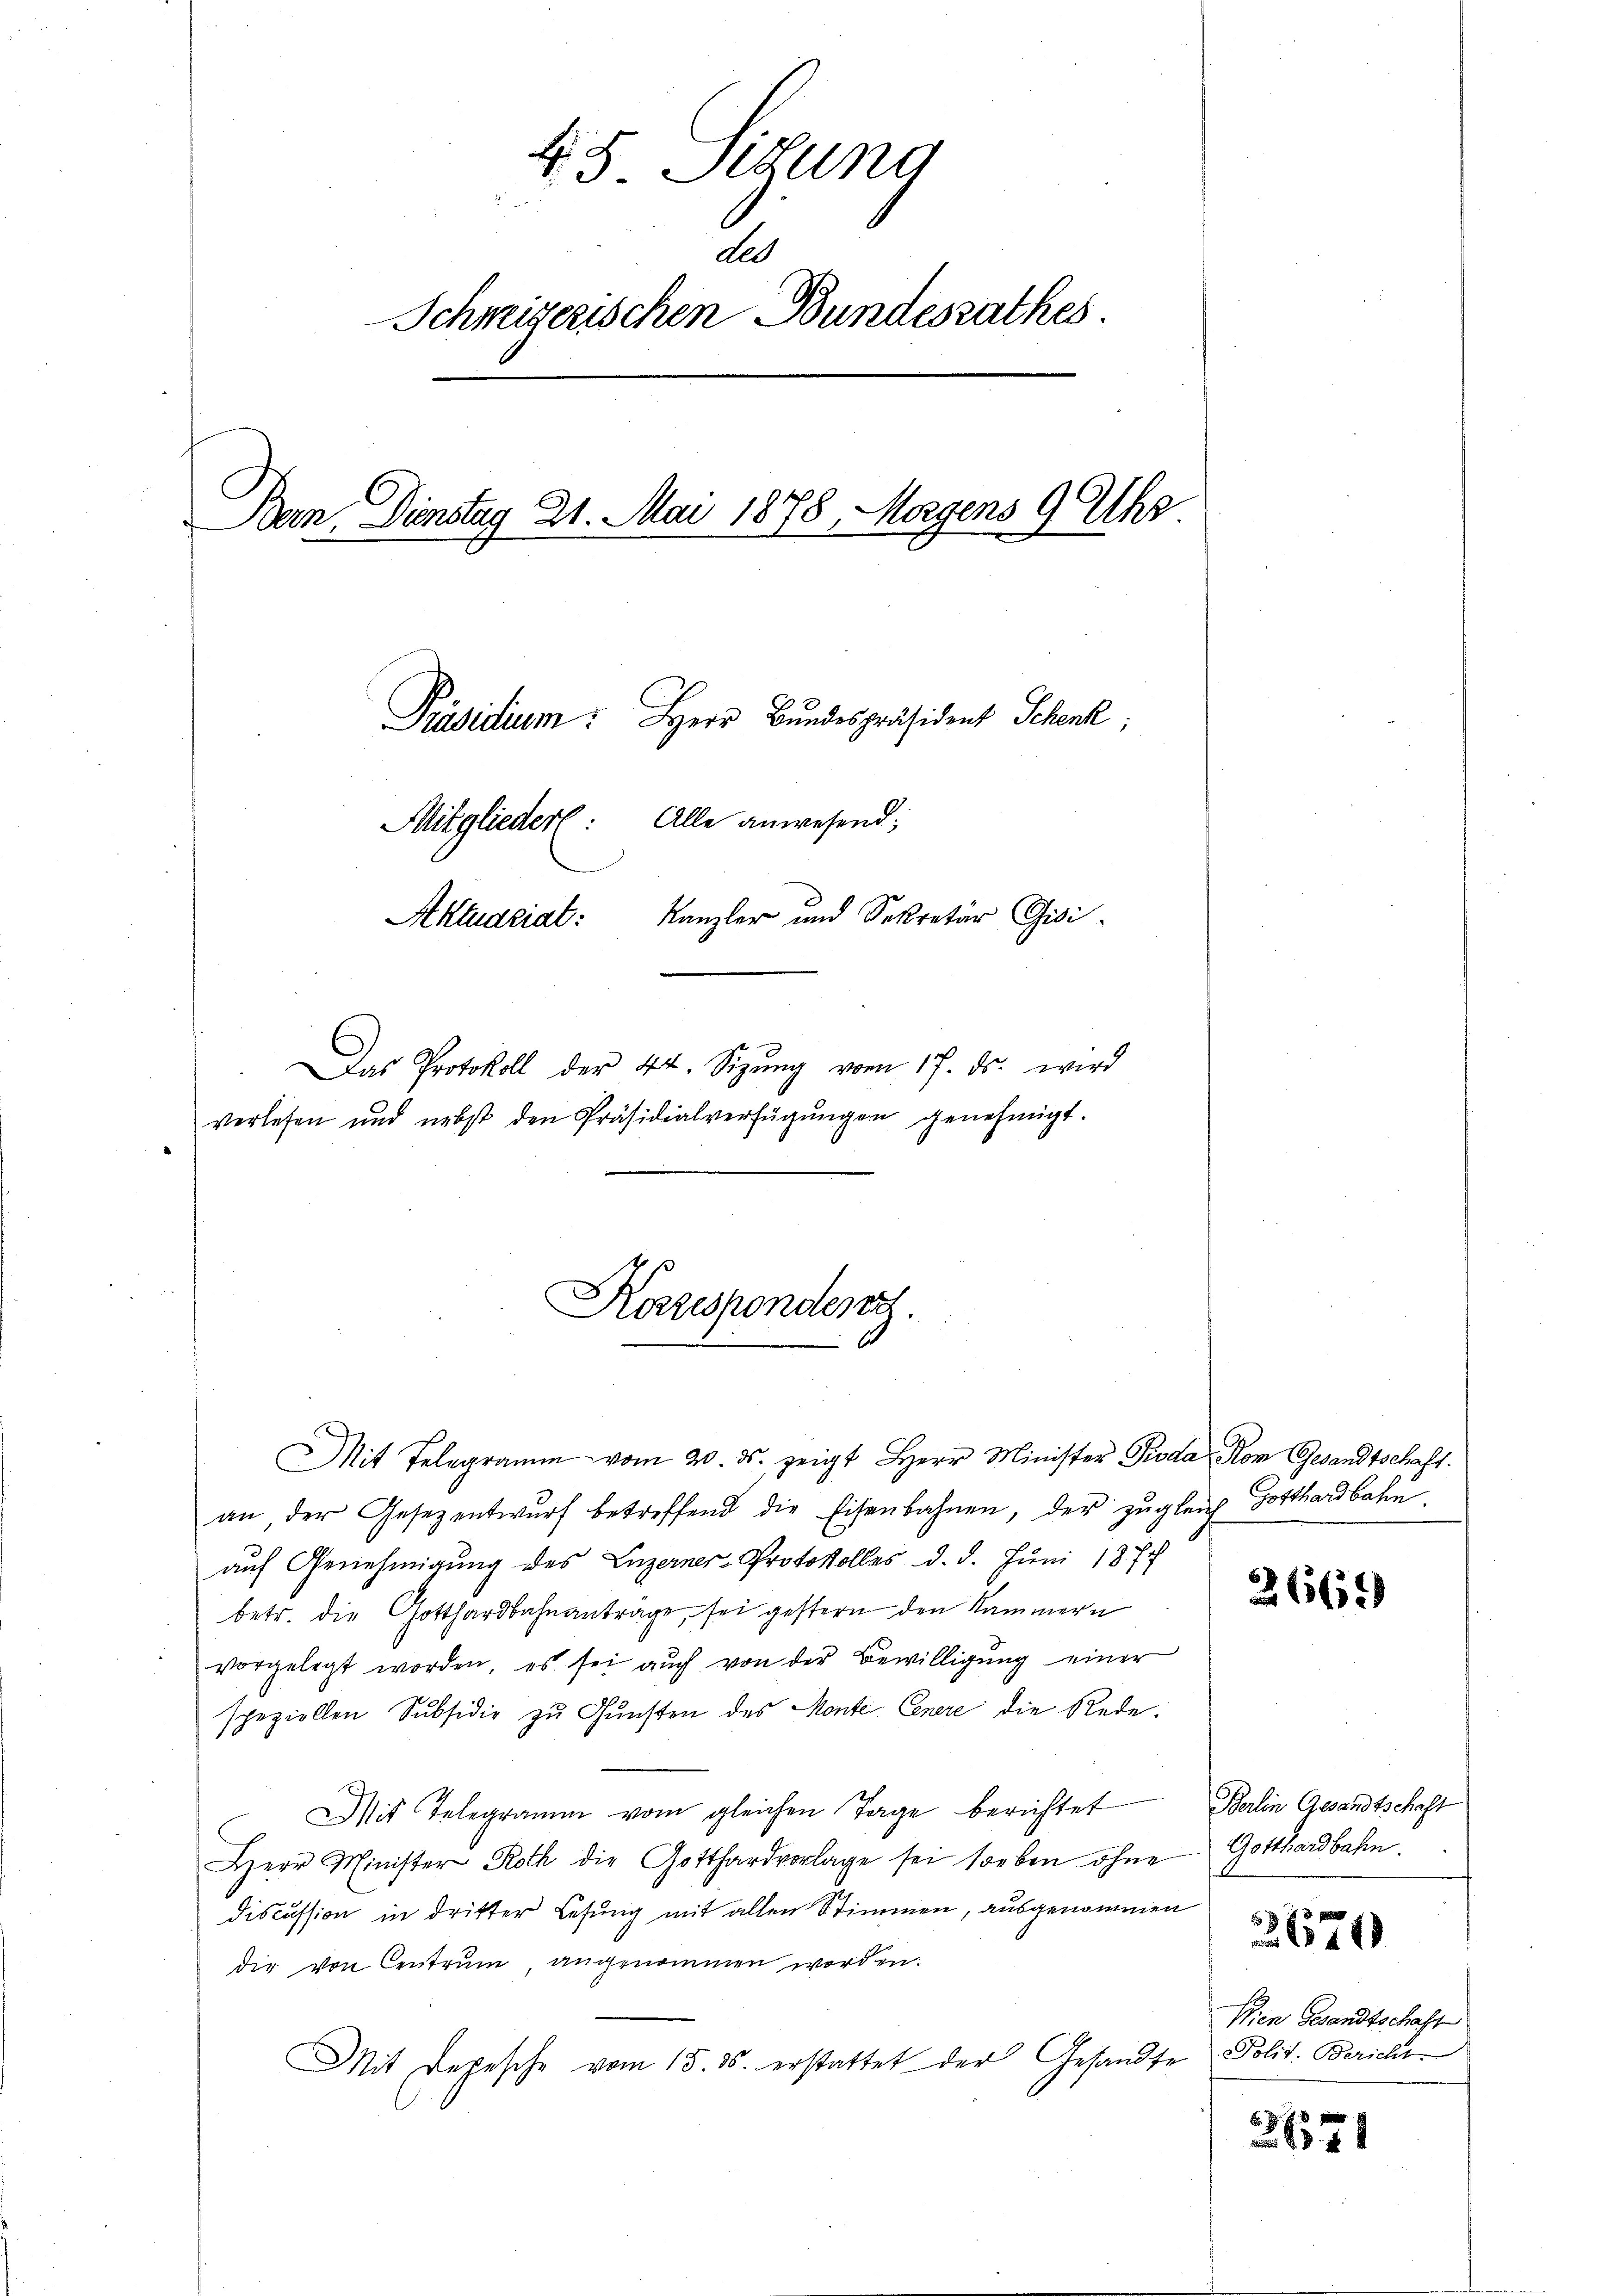
45. Situng
ded
Schweizerischen Bundesrathes.
Bern, Dienstag 21. Mai 1878, Morgens 9 Uhr
Präsidium: Herr Bundespräsident Schenk,
Mitglieder: Alle anwesend:
Aktuariat: Kanzler und Sekretär Gisi¬
Das Protokoll der 44. Sizŭng vom 17. ds. wird
verlesen und nebst den Präsidialverfügungen genehmigt.

Karzesponden.

Mit Telegramm vom 20. ds. zeigt Herr Minister Pioda, Rom Gesandtschaft.
an der Gesezentwurf betreffend die Eisenbahnen, der zugleich Gotthardbahn.
aŭf Genehmigung des Luzerner-Protokolles d. d. Juni 1877
betr. die Gotthardbahnantrage, sei gestern den Kammern
vorgelegt worden, es sei auch von der Bewilligung einer
speziellen Subsidie zŭ Gŭnsten des Monte Cenere die Rede.
Mit Telegramm vom gleichen Tage berichtet
Herr Minister Roth die Gotthardvorlage sei soeben ohne Gotthardbahn.
discussion in dritter Lesung mit allen Stimmen, ausgenommen
die von Centrum, angenommen worden.
Mit Depesche vom 15. ds. erstattet der Gesandte Polit. Bericht

2660

Berlin Gesandtschaft
671
Wien Gesandtschaft

2671